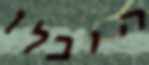
הובלו